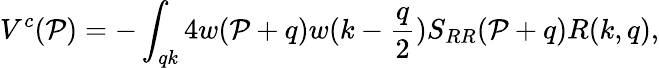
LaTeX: V^{c}(\mathcal{P})=-\int_{qk}4w(\mathcal{P}+q)w(k-{\frac{{q}}{{2}}})S_{RR}(\mathcal{P}+q)R(k,q),